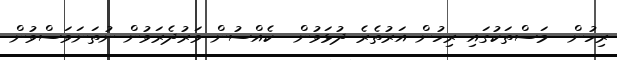
ރިހުން  މަސްތަކުގައި ރިހުން އަރުތެރެ ދުޅަވުން  ކެއްސުން ވަރުދެރަވުން ނުތަނަވަސްވުން